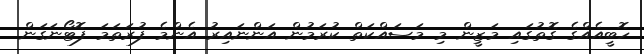
ހޮބީއެއްގެ ގޮތުގައި މަޒީން މި މަސައްކަތް ކުރަމުން އަންނައިރު އެންމެ ފުރަތަމަ ފޮޓޯނަގަން